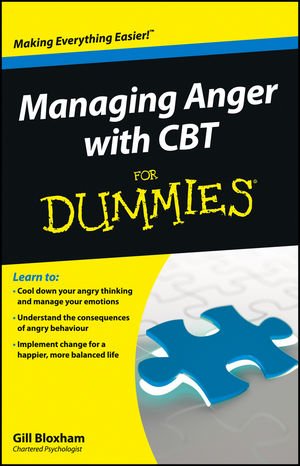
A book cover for Managing Anger with CBT For Dummies; Gillian Bloxham; Self-Help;